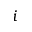
i